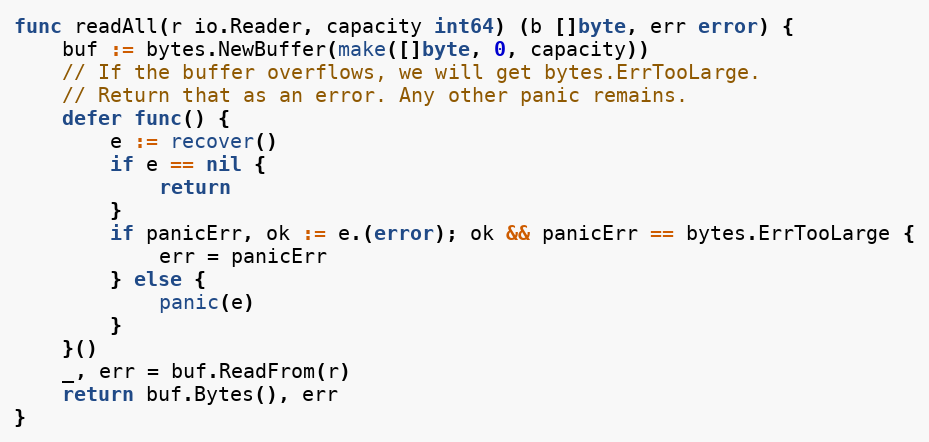
Language: Go
func readAll(r io.Reader, capacity int64) (b []byte, err error) {
	buf := bytes.NewBuffer(make([]byte, 0, capacity))
	// If the buffer overflows, we will get bytes.ErrTooLarge.
	// Return that as an error. Any other panic remains.
	defer func() {
		e := recover()
		if e == nil {
			return
		}
		if panicErr, ok := e.(error); ok && panicErr == bytes.ErrTooLarge {
			err = panicErr
		} else {
			panic(e)
		}
	}()
	_, err = buf.ReadFrom(r)
	return buf.Bytes(), err
}